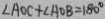
\angle A O C + \angle A O B = 1 8 0 ^ { \circ }